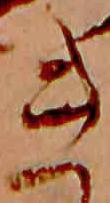
き